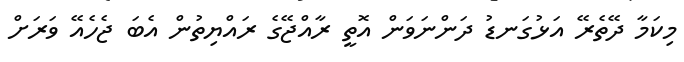
މިކަމާ ދޭތެރޭ އަޅުގަނޑު ދަންނަވަން އޮތީ ރާއްޖޭގެ ރައްޔިތުން އެބަ ޖެހެއޭ ވަރަށް